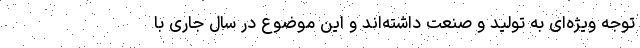
توجه ویژه‌ای به تولید و صنعت داشته‌اند و این موضوع در سال جاری با